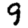
Digit: 9